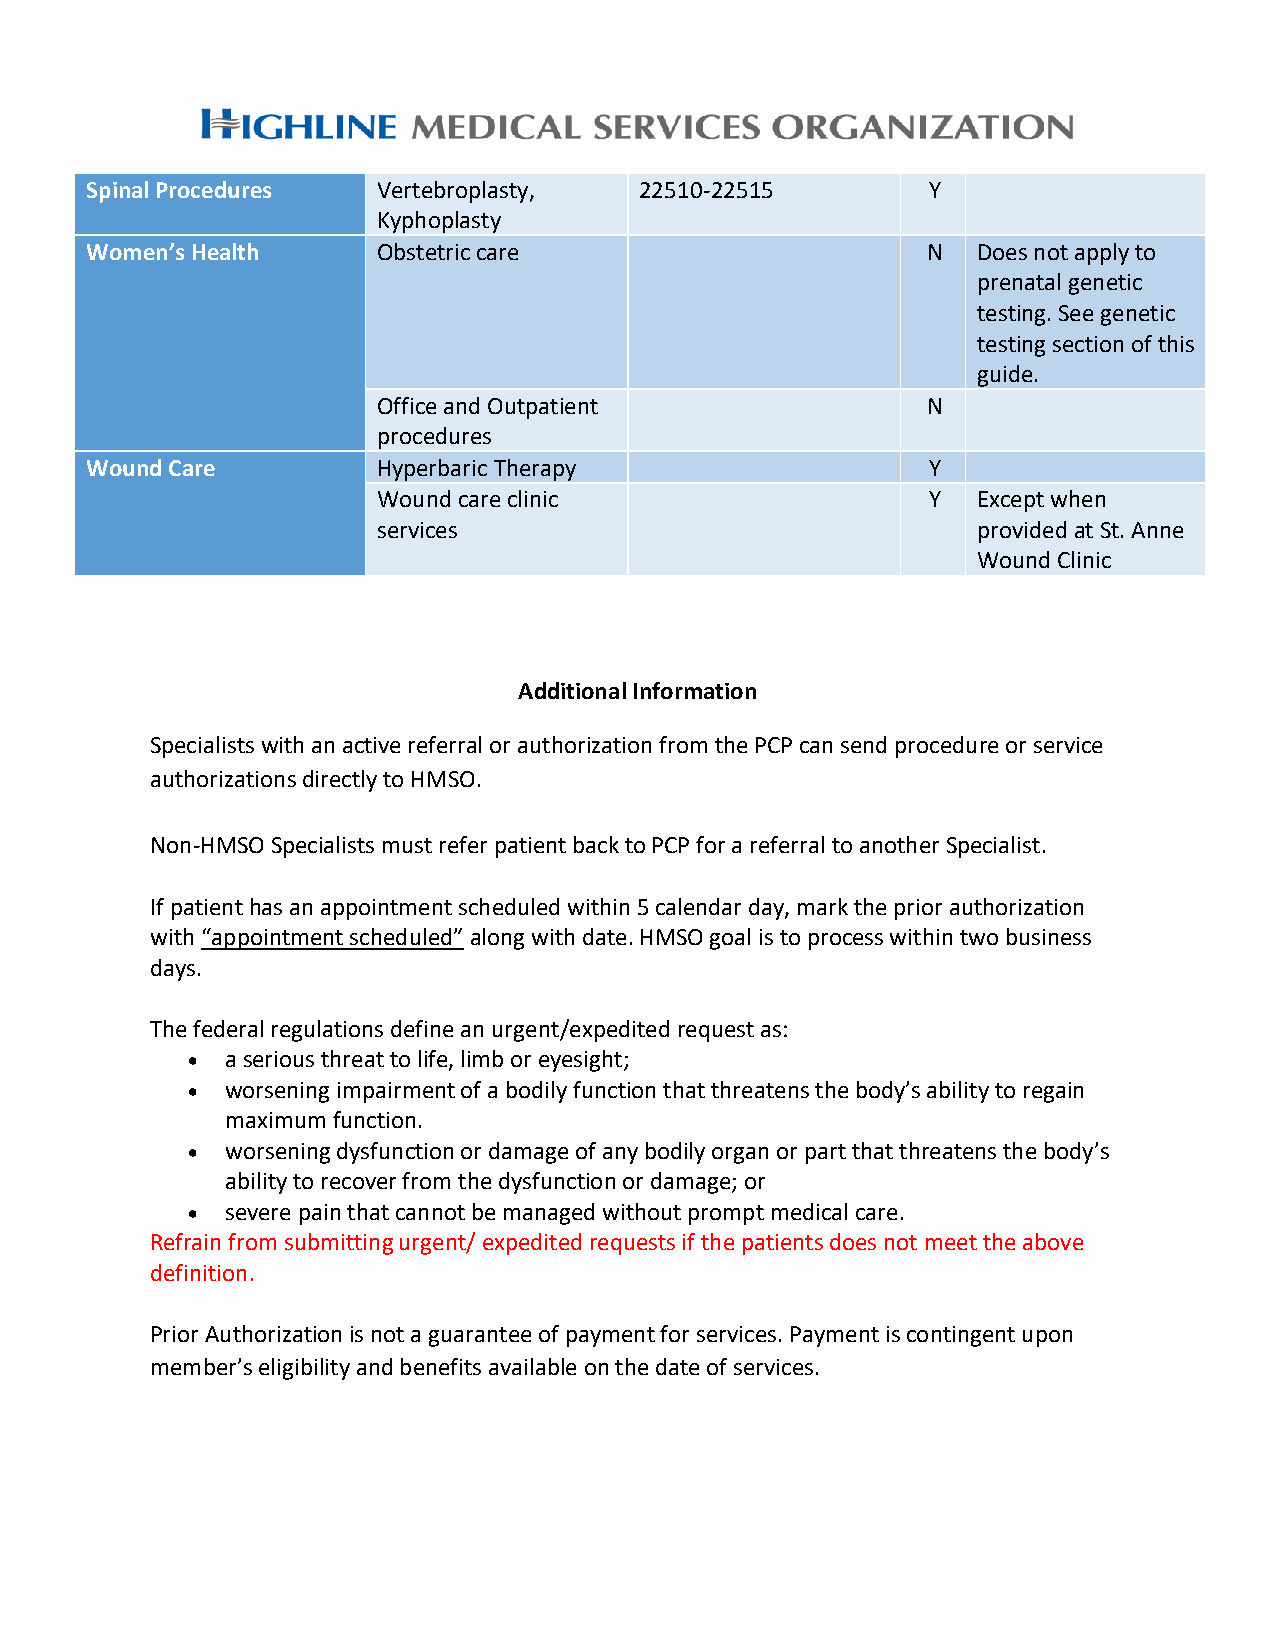
Spinal Procedures  Vertebroplasty,  22510-22515         Y
 Kyphoplasty
 Women’s Health     Obstetric care                      N   Does not apply to
 prenatal genetic
 testing. See genetic
 testing section of this
 guide.
 Office and Outpatient               N
 procedures
 Wound Care         Hyperbaric Therapy                   Y
 Wound care clinic                    Y  Except when
 services                                provided at St. Anne
 Wound Clinic
 Additional Information
 Specialists with an active referral or authorization from the PCP can send procedure or service
 authorizations directly to HMSO.
 Non-HMSO Specialists must refer patient back to PCP for a referral to another Specialist.
 If patient has an appointment scheduled within 5 calendar day, mark the prior authorization
 with “appointment scheduled” along with date. HMSO goal is to process within two business
 days.
 The federal regulations define an urgent/expedited request as:
 •  a serious threat to life, limb or eyesight;
 •  worsening impairment of a bodily function that threatens the body’s ability to regain
 maximum function.
 •  worsening dysfunction or damage of any bodily organ or part that threatens the body’s
 ability to recover from the dysfunction or damage; or
 •  severe pain that cannot be managed without prompt medical care.
 Refrain from submitting urgent/ expedited requests if the patients does not meet the above
 definition.
 Prior Authorization is not a guarantee of payment for services. Payment is contingent upon
 member’s eligibility and benefits available on the date of services.